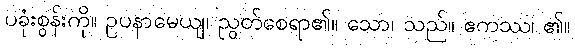
ပခုံးစွန်းကို။ ဥပနာမေယျ၊ ညွတ်စေရာ၏။ သော၊ သည်။ ဧကဿ၊ ၏။